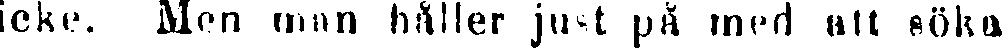
icke. Men man håller just på med att söka